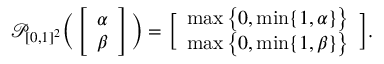
\mathcal { P } _ { [ 0 , 1 ] ^ { 2 } } \bigg ( \left[ \begin{array} { l } { \alpha } \\ { \beta } \end{array} \right] \bigg ) = \bigg [ \begin{array} { c } { \operatorname* { m a x } \big \{ 0 , \operatorname* { m i n } \{ 1 , \alpha \} \big \} } \\ { \operatorname* { m a x } \big \{ 0 , \operatorname* { m i n } \{ 1 , \beta \} \big \} } \end{array} \bigg ] .